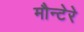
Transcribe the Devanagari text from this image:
मौन्टेरे